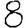
Digit: 8